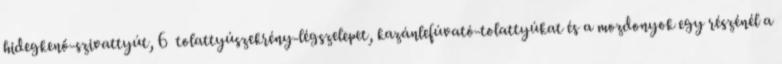
hidegkenő-szivattyút, 6 tolattyúszekrény-légszelepet, kazánlefúvató-tolattyúkat és a mozdonyok egy részénél a